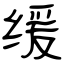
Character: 缓